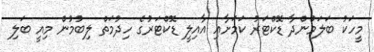
މީހަކު ބަލަމުންދާ ޑޮކްޓަރު ކަމަށާއި އާއިލީ ޑޮކްޓަރުގެ ހިދުމަތް ލިބުމުން މިއީ ބަލި